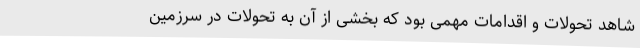
شاهد تحولات و اقدامات مهمی بود که بخشی از آن به تحولات در سرزمین